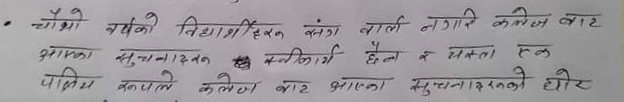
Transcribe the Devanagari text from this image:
चौथो वर्षको विद्यार्थीहरू संग वार्ता नगरि कलेज बार
आएका सुचनादरुस्वीकार्य छैन र यस्ता एक
पक्षिय रूपले कलेज वार भएका सुचनाहरुको घोर